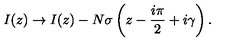
I ( z ) \rightarrow I ( z ) - N \sigma \left( z - \frac { i \pi } { 2 } + i \gamma \right) .